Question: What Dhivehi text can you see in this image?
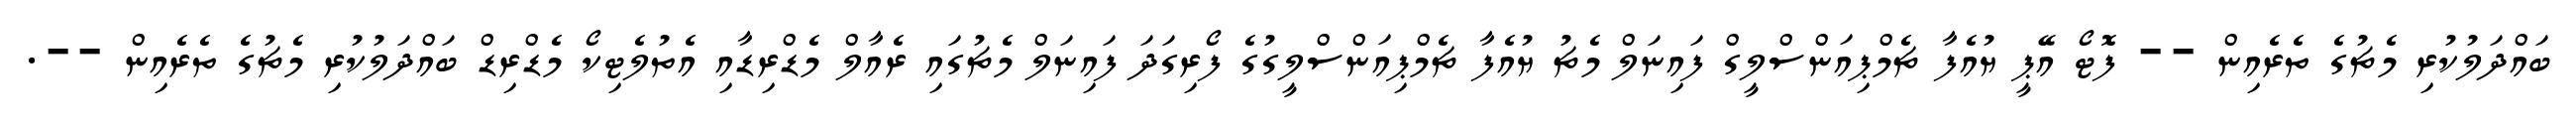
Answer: ބައްދަލުކުރި މެޗުގެ ތެރެއިން -- ފޮޓޯ އޭޕީ ޔުއެފާ ޗެމްޕިއަންސްލީގް ފައިނަލް މެޗު ޔުއެފާ ޗެމްޕިއަންސްލީގުގެ ފޯރިގަދަ ފައިނަލް މެޗުގައި ރެއާލް މެޑްރިޑާއި އެތުލެޓިކޯ މެޑްރިޑް ބައްދަލުކުރި މެޗުގެ ތެރެއިން --.